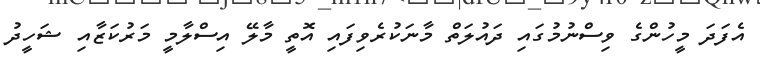
އެފަދަ މީހުންގެ ވިސްނުމުގައި ދައުލަތް މާނަކުރެވިފައި އޮތީ މާލޭ އިސްލާމީ މަރުކަޒާއި ޝަހީދު